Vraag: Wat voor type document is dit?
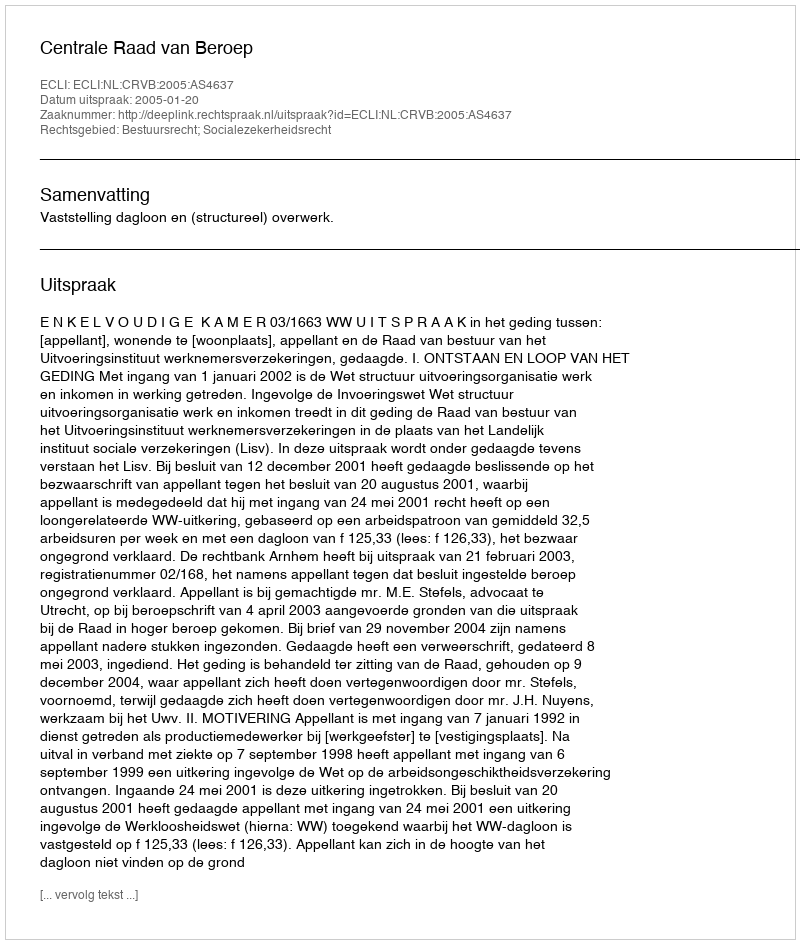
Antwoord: Uitspraak